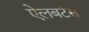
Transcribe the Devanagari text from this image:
ऐलबर्टस